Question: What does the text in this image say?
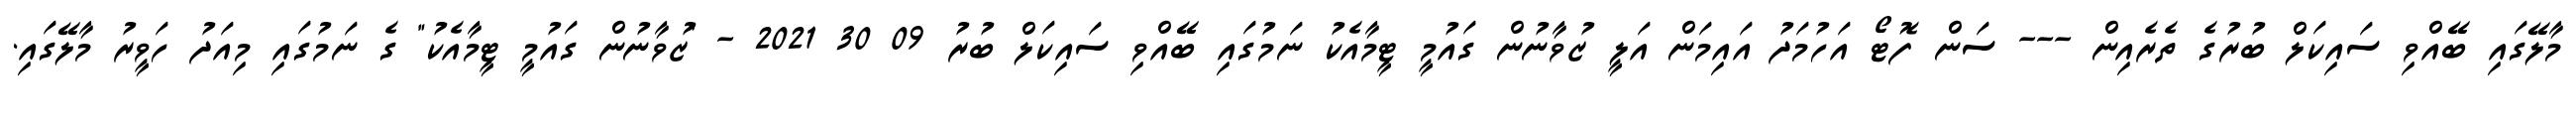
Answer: މާލޭގައި ބޭއްވި ސައިކަލް ބުރުގެ ތެރެއިން --- ސަން ފޮޓޯ އަހުމަދު އައިމަން އަލީ ޒުވާނުން ގައުމީ ޓީމާއެކު ނަމުގައި ބޭއްވި ސައިކަލް ބުރު 09 30 2021 - "ޒުވާނުން ގައުމީ ޓީމާއެކު" ގެ ނަމުގައި މިއަދު ހަވީރު މާލޭގައި.